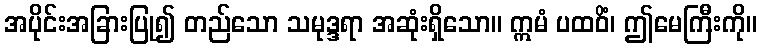
အပိုင်းအခြားပြု၍ တည်သော သမုဒ္ဒရာ အဆုံးရှိသော။ ဣမံ ပထဝိံ၊ ဤမေကြီးကို။